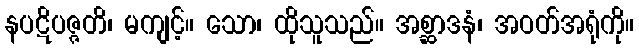
နပဋိပဇ္ဇတိ၊ မကျင့်။ သော၊ ထိုသူသည်။ အစ္ဆာဒနံ၊ အဝတ်အရုံကို။